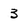
Character: 3